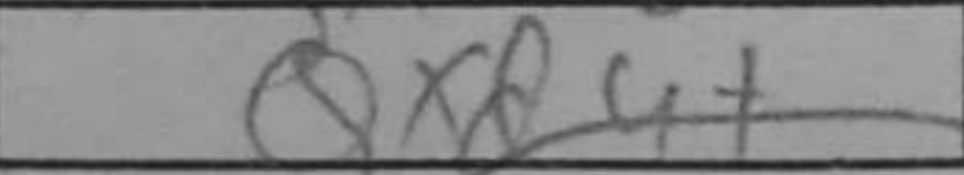
Transcription: Qxd4+